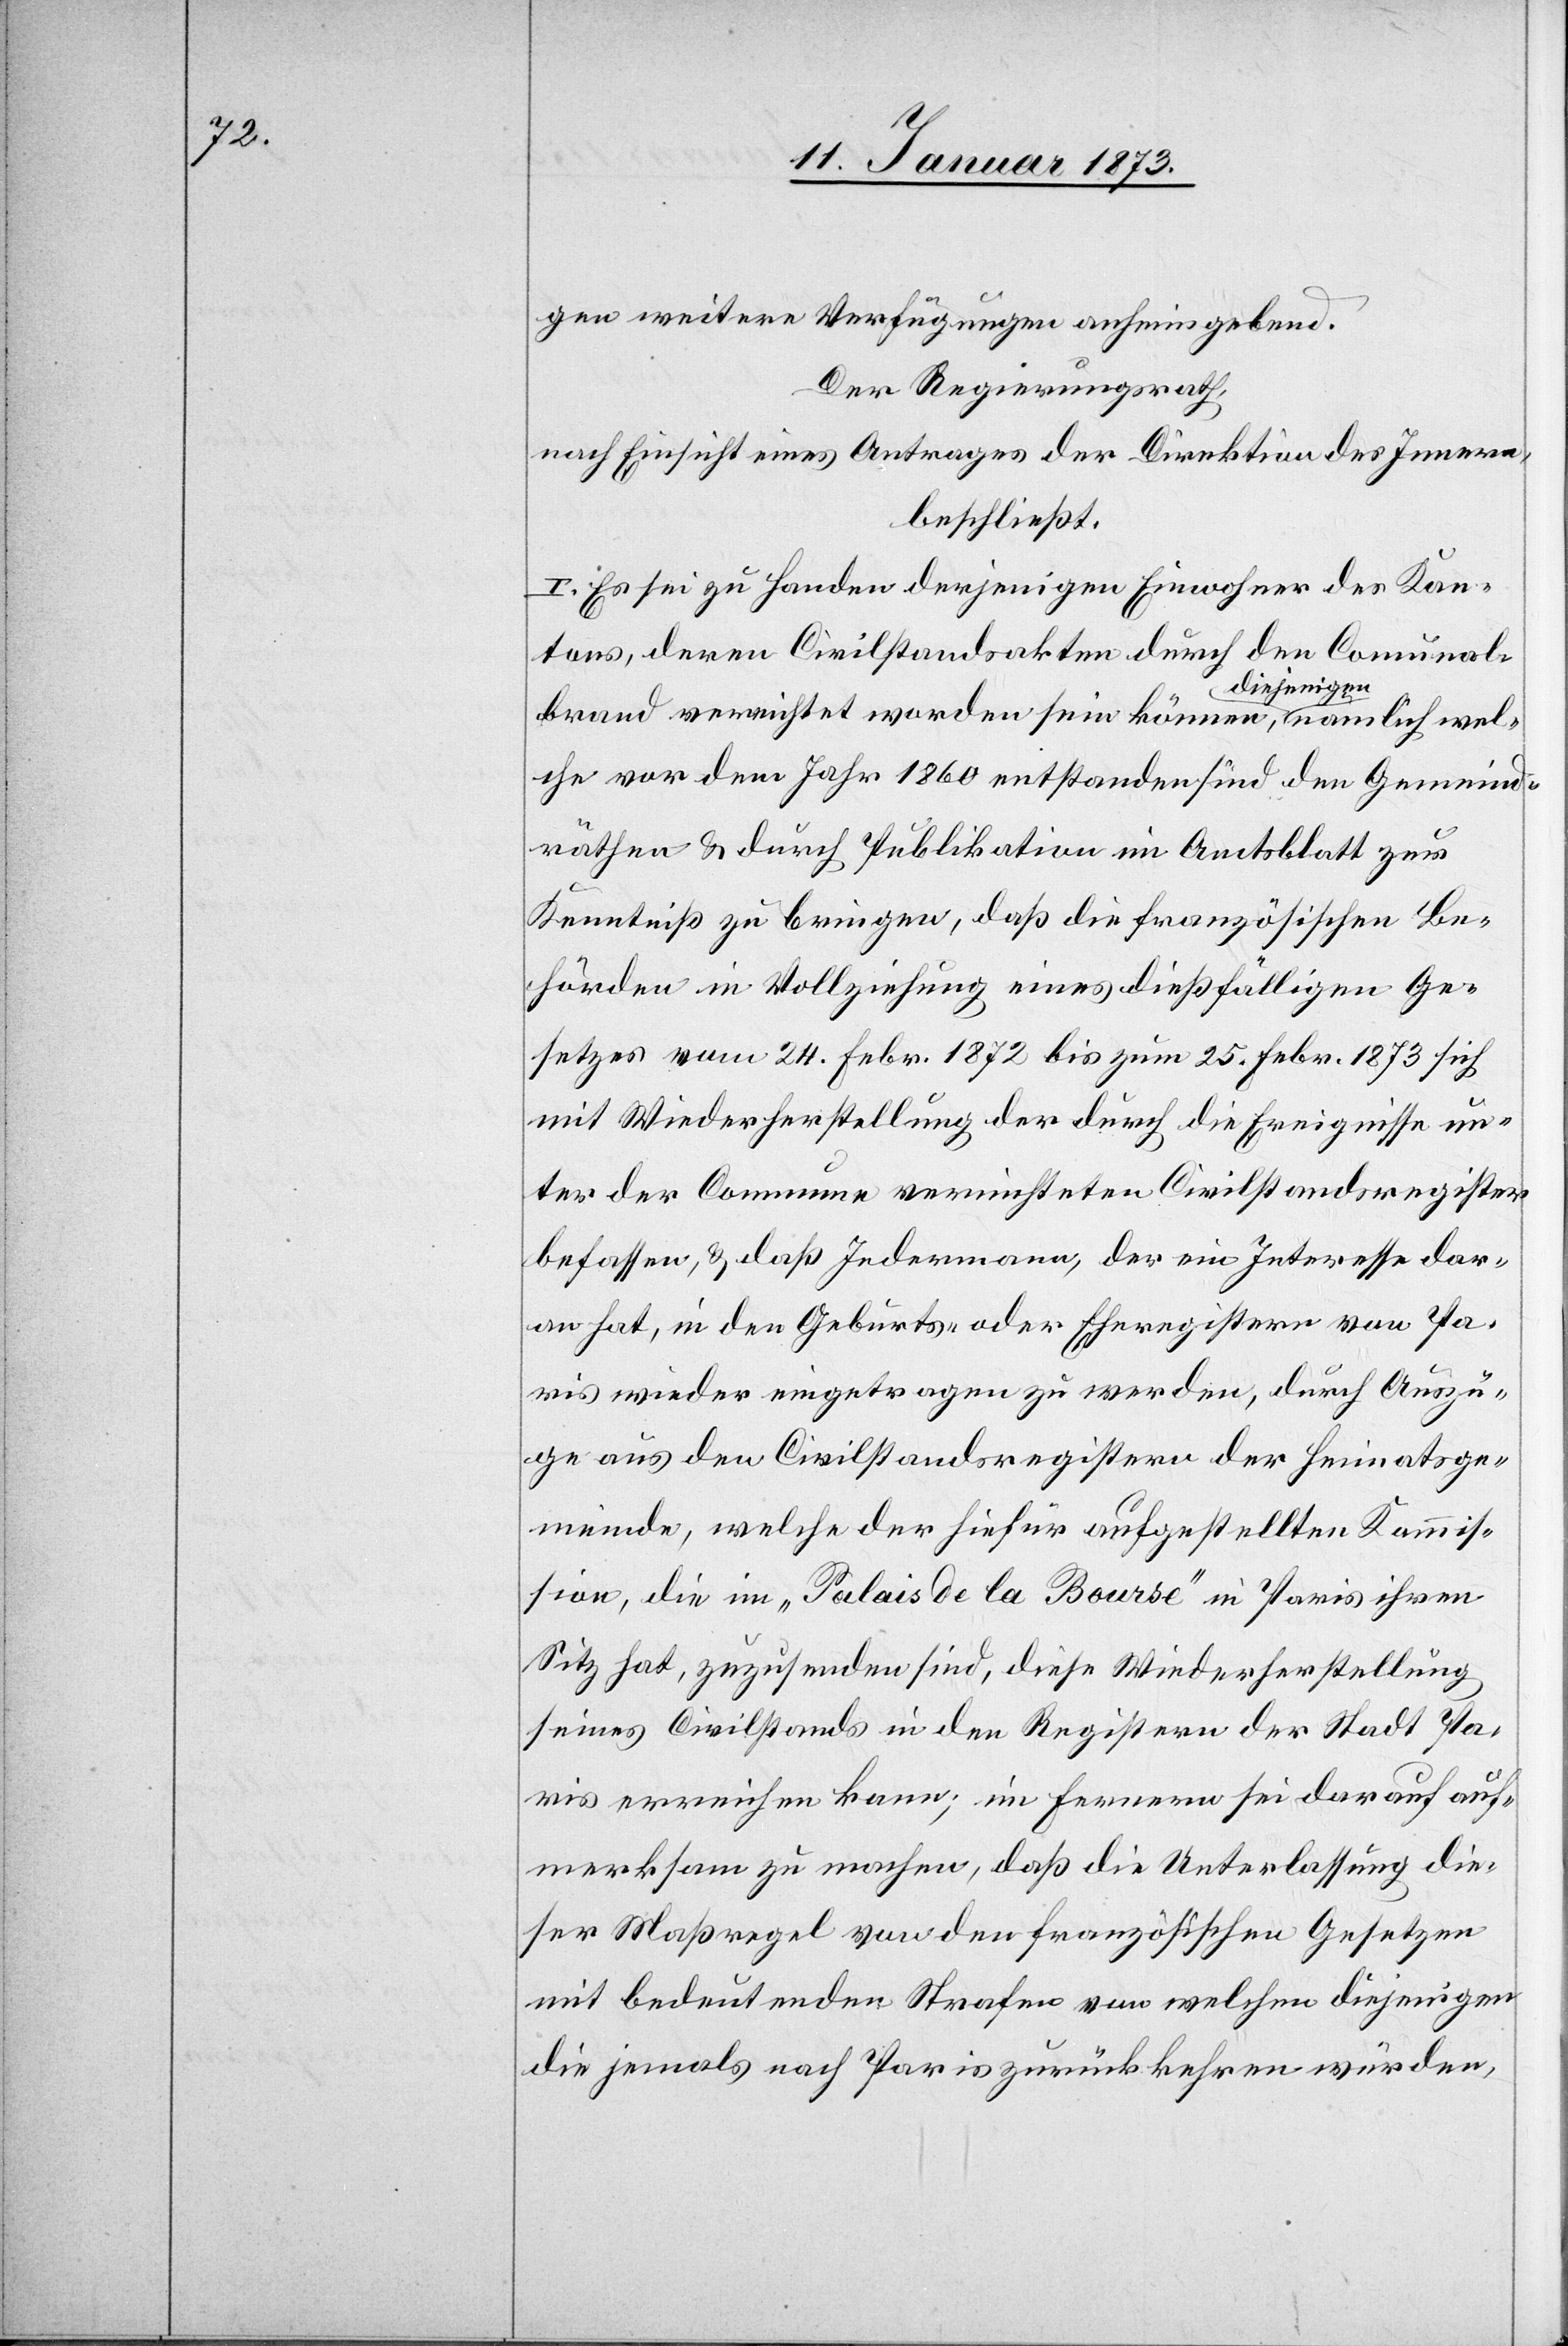
gen weitere Verfügungen anheim gebend.
Der Regierungsrath,
nach Einsicht eines Antrages der Direktion des Innern,
beschließt.
I. Es sei zu Handen derjenigen Einwohner des Kan¬
tons, deren Civilstandsakten durch den Comunal¬
brand vernichtet worden sein können, a-diejenigen-a nämlich wel¬
che vor dem Jahr 1860 entstanden sind den Gemeind¬
räthen & durch Publikation im Amtsblatt zur
Kenntniß zu bringen, daß die französischen Be¬
hörden in Vollziehung eines dießfälligen Ge¬
setzes vom 24. Febr. 1872 bis zum 25. Febr. 1873 sich
mit Wiederherstellung der durch die Ereignisse un¬
ter der Commune vernichteten Civilstandsregister
befassen, & daß Jedermann, der ein Interesse dar¬
an hat, in den Geburts- oder Eheregistern von Pa¬
ris wieder eingetragen zu werden, durch Auszü¬
ge aus den Civilstandsregistern der Heimatsge¬
meinde, welche der sicher aufgestellten Kommis¬
sion, die im „Palais de la Bourse“ in Paris ihren
Sitz hat, zuzusenden sind, diese Wiederherstellung
seines Civilstandes in den Registern der Stadt Pa¬
ris erreichen kann; im Fernern sei darauf auf¬
merksam zu machen, daß die Unterlassung die¬
ser Maßregel von den französischen Gesetzen
mit bedeutenden Strafen von welchen diejenigen
die jemals nach Paris zurückkehren würden,